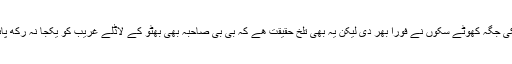
اسکی جگہ کھوٹے سکوں نے فوراً بھر دی لیکن یہ بھی تلخ حقیقت ھے کہ بی بی صاحبہ بھی بھُٹو کے لاڈلے غریب کو یکجا نہ رکھ پائیں۔